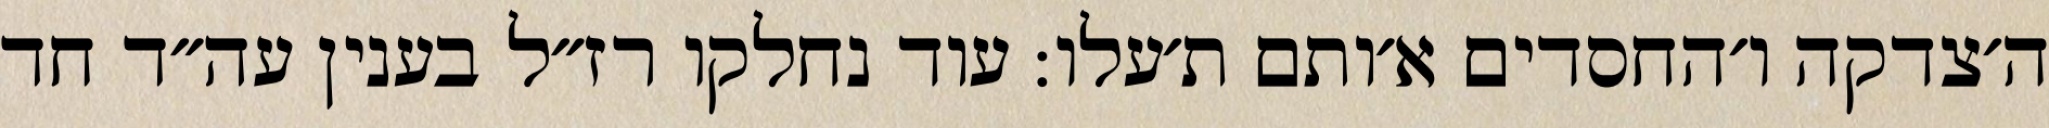
ה׳צדקה ו׳החסדים א׳ותם ת׳עלו: עוד נחלקו רז״ל בענין עה״ד חד